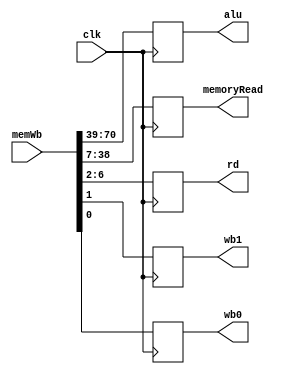
module MEMWB( output reg [31:0] alu,output reg [31:0] memoryRead,
output reg [4:0] rd,output reg wb1,wb0,
input[70:0] memWb,input clk);

initial
begin
alu=0;
memoryRead=0;
rd=0;
wb1=0;
wb0=0;
end

always @(posedge clk)
begin

alu <= memWb[70:39];
memoryRead <= memWb[38:7];
rd <= memWb[6:2];
wb1 <= memWb[1];
wb0 <= memWb[0];

end
endmodule